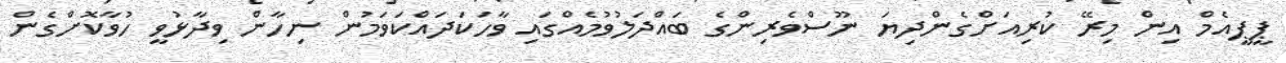
ޕީޕީއެމް އިން މިރޭ ކުރިއަށްގެންދިޔަ ނޫސްވެރިންގެ ބައްދަލުވުމެއްގައި ވާހަކަދައްކަވަމުން ނިހާން ވިދާޅުވީ ހުވާކޮށްގެން